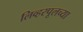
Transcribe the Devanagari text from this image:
लिव्हरपूलच्या